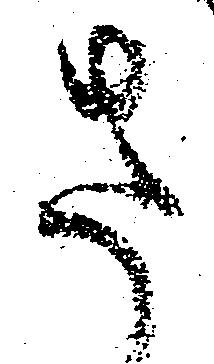
さ